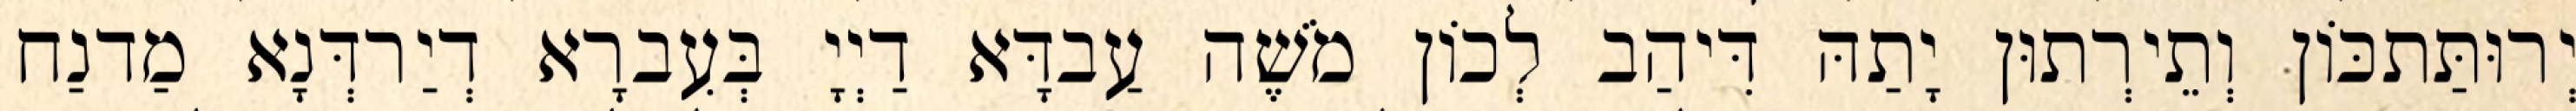
יְרוּתַּתכּוֹן וְתֵירְתוּן יָתַהּ דִּיהַב לְכוֹן מֹשֶׁה עַבדָּא דַיְיָ בְּעִברָא דְיַרדְּנָא מַדנַח